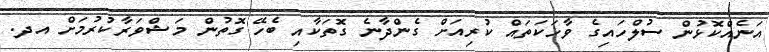
އަނެއްކޮޅުން ސުލްހައިގެ ވާހަކަތައް ކުރިއަށް ގެންދާނެ ގޮތަކާއި ބެހޭ ގޮތުން މަޝްވަރާކުރުމަށް އދ.